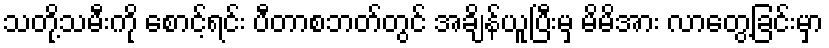
သတို့သမီးကို စောင့်ရင်း ပီတာစဘတ်တွင် အချိန်ယူပြီးမှ မိမိအား လာတွေ့ခြင်းမှာ